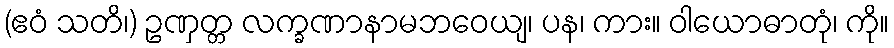
(ဧဝံ သတိ၊) ဥဏှတ္တ လက္ခဏာနာမဘဝေယျ၊ ပန၊ ကား။ ဝါယောဓာတုံ၊ ကို။